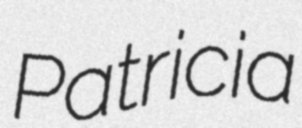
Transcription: Patricia